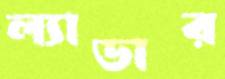
ল্যাডার